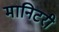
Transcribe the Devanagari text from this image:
मानिटरी